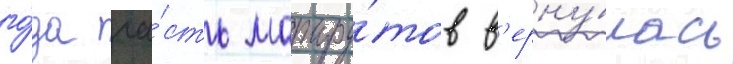
го́да ча́сть маршру́тов в'ерну́лась